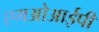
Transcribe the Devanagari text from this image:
एमओआईपी